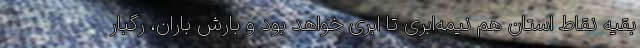
بقیه نقاط استان هم نیمه‌ابری تا ابری خواهد بود و بارش باران، رگبار